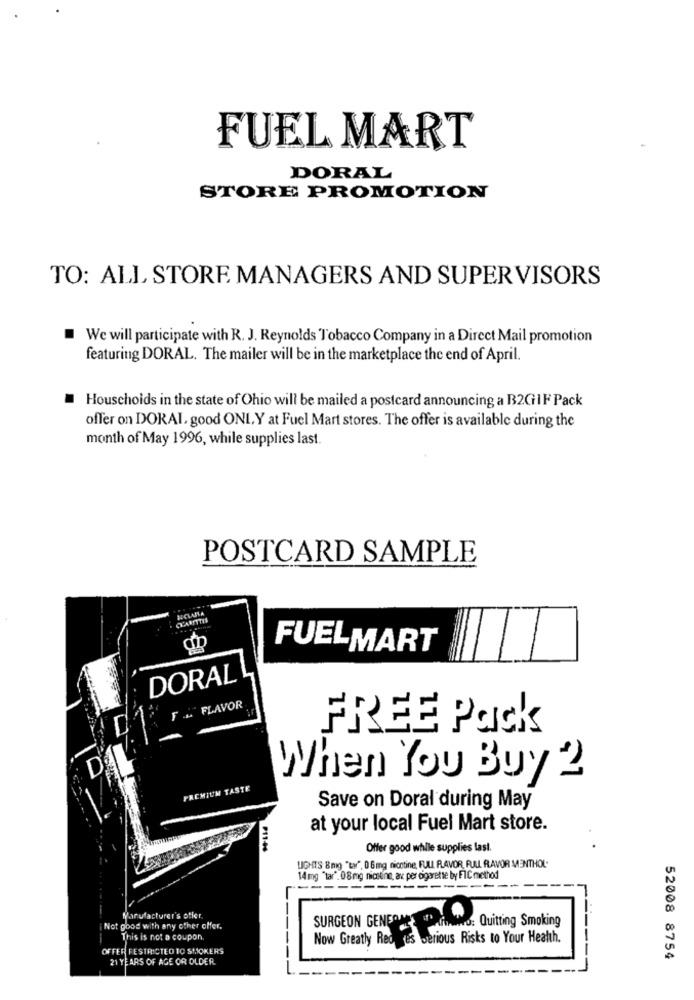
FUEL MART
DORAL
STORE PROMOTION
TO: ALL STORE MANAGERS AND SUPERVISORS
We will participate with R. J. Reynolds Tobacco Company in a Direct Mail promotion
featuring DORAL. The mailer will be in the marketplace the end of April.
Houschoids in the state of Ohio will be mailed a postcard announcing a B2GIF Pack
offer on DORAL, good ONLY at Fuel Mart stores. The offer is available during the
month of May 1996, while supplies last.
POSTCARD SAMPLE
FUELMART
DORAL
FL. FLAVOR
FREE Pack
PREMIUM TASTE
When You Buy 2
Save on Doral during May
at your local Fuel Mart store.
P11-44
Offer good while supplies last.
LIGHTS 8mg "ty", 06mg nicotine, FULL FAVOR, FULL FAVOR MENTHOL.
14 mg "tar". 08mg nicktine, av per cigarette by FIC method
Manufacturer's offer
Not good with any other offer.
SURGEON GENEONE' ' WwwO: Quitting Smoking
This is not a coupon.
Now Greatly Redes serious Risks to Your Health.
OFFER FESTRICTED TO SMOKERS
21 YEARS OF AGE OR OLDER
52008 8754